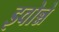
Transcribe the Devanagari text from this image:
इवोन्ने